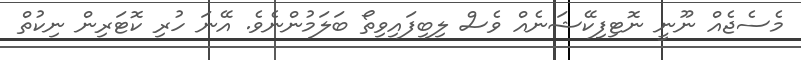
މެސެޖެއް ނޫނީ ނޮޓިފިކޭޝަނެއް ވެސް ލިބިފައިވިތޯ ބަލަމުންނެވެ. އޭނަ ހުރި ކޮޓަރިން ނިކުތް